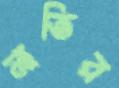
নাতির